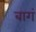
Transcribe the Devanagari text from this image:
बागं